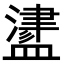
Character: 𥂵